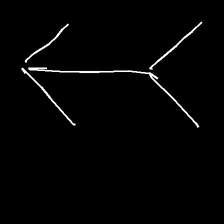
Glyph: gather